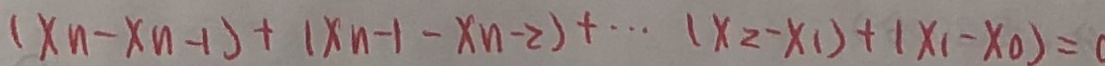
( x _ { n } - x _ { n - 1 } ) + ( x _ { n - 1 } - x _ { n - 2 } ) + \cdots ( x _ { 2 } - x _ { 1 } ) + ( x _ { 1 } - x _ { 0 } ) = 0